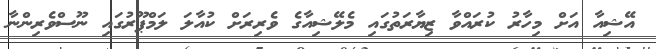
އޭޝިއާ އަށް މިހާރު ކުރައްވާ ޒިޔާރަތުގައި މެލޭޝިއާގެ ވެރިރަށް ކުއާލަ ލަމްޕޫރުގައި ނޫސްވެރިންނާ